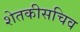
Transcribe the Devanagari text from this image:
शेतकीसचिव